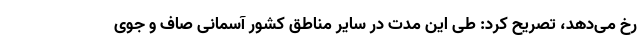
رخ می‌دهد، تصریح کرد: طی این مدت در سایر مناطق کشور آسمانی صاف و جوی